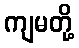
ကျမတို့